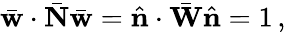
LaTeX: \bar{\mathbf w}\cdot\bar{\mathbf N}\bar{\mathbf w}=\hat{\mathbf n}\cdot\bar{\mathbf W}\hat{\mathbf n}=1\, ,